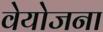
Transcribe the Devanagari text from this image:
वेयोजना